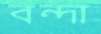
বন্দা